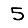
Digit: 5